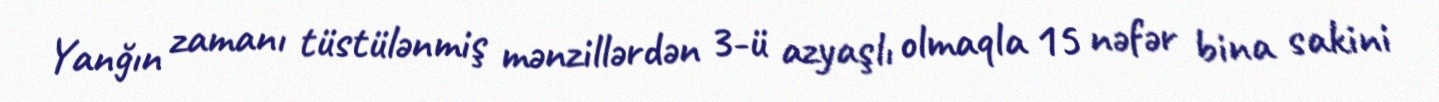
Yanğın zamanı tüstülənmiş mənzillərdən 3-ü azyaşlı olmaqla 15 nəfər bina sakini